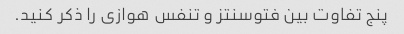
پنج تفاوت بین فتوسنتز و تنفس هوازی را ذکر کنید.